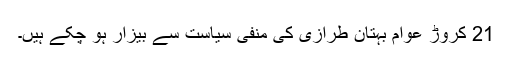
21 کروڑ عوام بہتان طرازی کی منفی سیاست سے بیزار ہو چکے ہیں۔